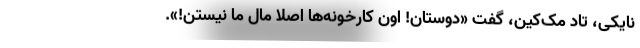
نایکی، تاد مک‌کین، گفت «دوستان! اون کارخونه‌ها اصلاً مال ما نیستن!».